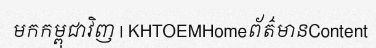
មកកម្ពុជាវិញ | KHTOEMHomeព័ត៌មានContent